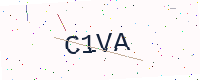
Text: C1VA